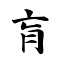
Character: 肓